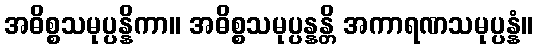
အဓိစ္စသမုပ္ပန္နိကာ။ အဓိစ္စသမုပ္ပန္နန္တိ အကာရဏသမုပ္ပန္နံ။